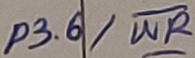
Text: P3.6/WR